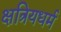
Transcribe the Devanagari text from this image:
क्षत्रियधर्म